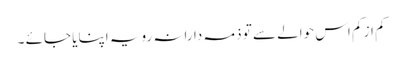
کم از کم اس حوالے سے تو ذمہ دارانہ رویہ اپنایا جائے ۔